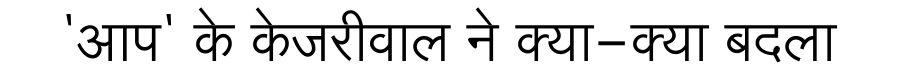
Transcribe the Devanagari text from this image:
'आप' के केजरीवाल ने क्या-क्या बदला